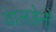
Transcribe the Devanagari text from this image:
वालडेनो